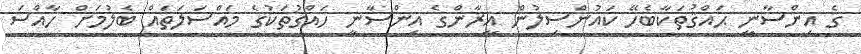
ގެ އިންސާނީ ޙައްޤުތަކާބެހޭ ކައުންސިލުން އީރާންގެ އިންސާނީ ހައްގުތަކުގެ މައްސަލަތައް ބެލުމަށް ހާއްސަ